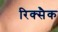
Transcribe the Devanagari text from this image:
रिक्सैक